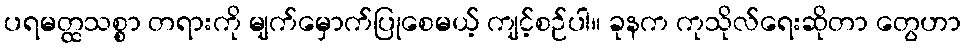
ပရမတ္ထသစ္စာ တရားကို မျက်မှောက်ပြုစေမယ့် ကျင့်စဉ်ပါ။ ခုနက ကုသိုလ်ရေးဆိုတာ တွေဟာ